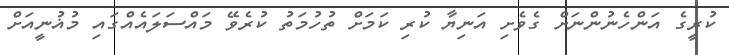
ކުރީގެ އަންހެނުންނަށް ގެވެށި އަނިޔާ ކުރި ކަމަށް ތުހުމަތު ކުރެވޭ މައްސަލައެއްގައި މުޣުނީއަށް